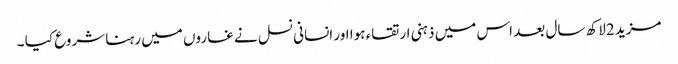
مزید 2لاکھ سال بعد اس میں ذہنی ارتقاء ہوا اور انسانی نسل نے غاروں میں رہنا شروع کیا ۔